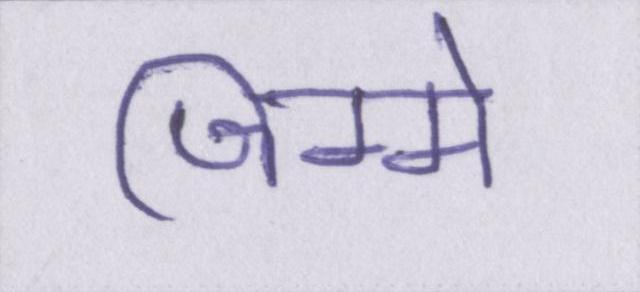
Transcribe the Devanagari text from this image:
जिम्मे